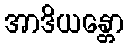
အာဒိယန္တော